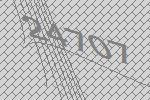
24707